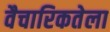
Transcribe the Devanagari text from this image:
वैचारिकतेला